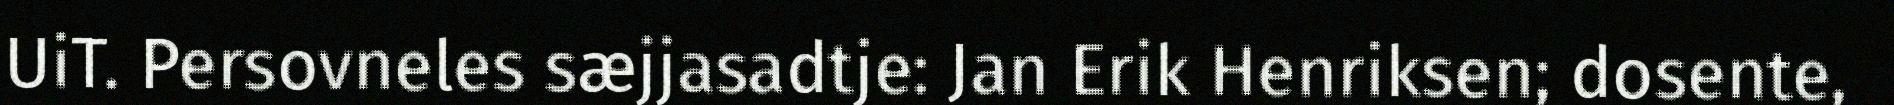
UiT. Persovneles sæjjasadtje: Jan Erik Henriksen; dosente,